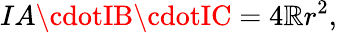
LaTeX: IA\cdotIB\cdotIC=4\mathbb{R}r^{2},